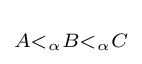
\scriptstyle A<_{\alpha }B<_{\alpha }C